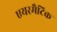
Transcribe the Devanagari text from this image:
एयरमैटिक